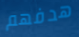
هدفهم